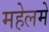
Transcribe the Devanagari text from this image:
महेलमे